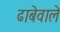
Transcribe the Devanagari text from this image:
ढाबेवाले